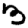
Digit: 3